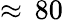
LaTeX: \approx\, 80